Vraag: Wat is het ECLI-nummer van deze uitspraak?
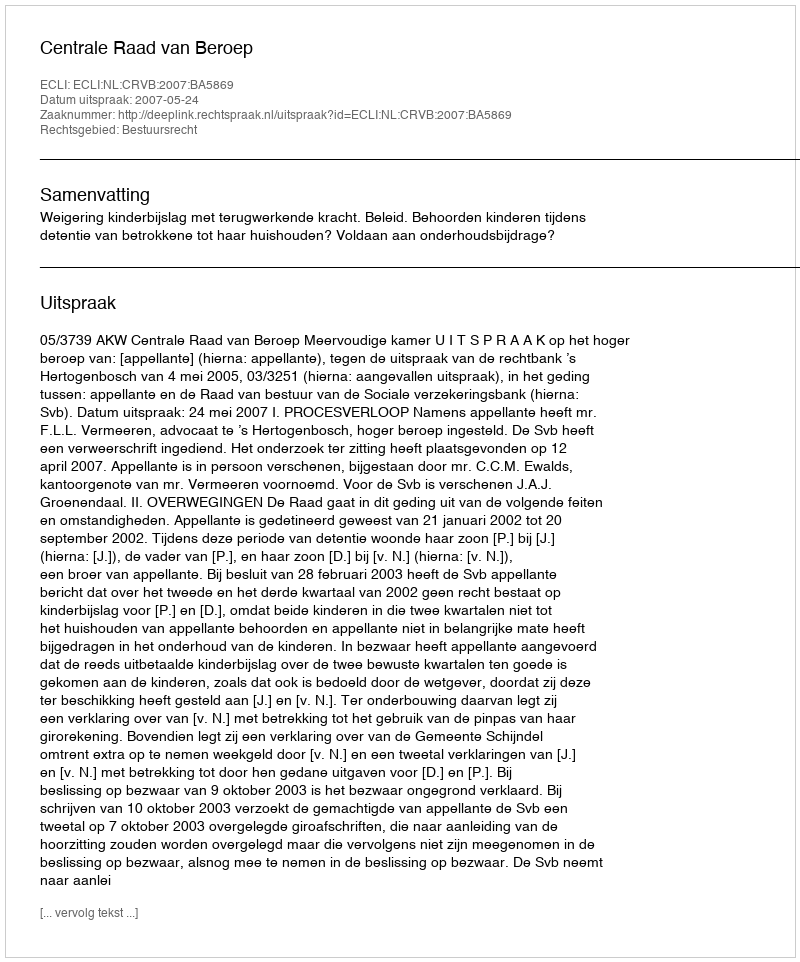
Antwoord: ECLI:NL:CRVB:2007:BA5869